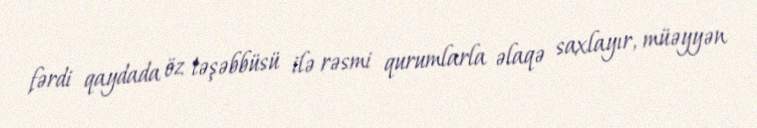
fərdi qaydada öz təşəbbüsü ilə rəsmi qurumlarla əlaqə saxlayır, müəyyən